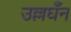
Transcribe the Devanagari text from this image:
उल्लघँन